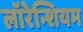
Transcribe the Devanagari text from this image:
लॉरेन्शियम